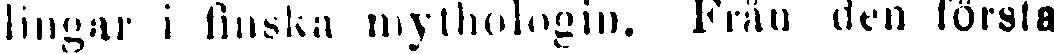
lingar i finska mythologin. Från den första